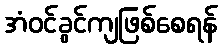
အံဝင်ခွင်ကျဖြစ်စေရန်